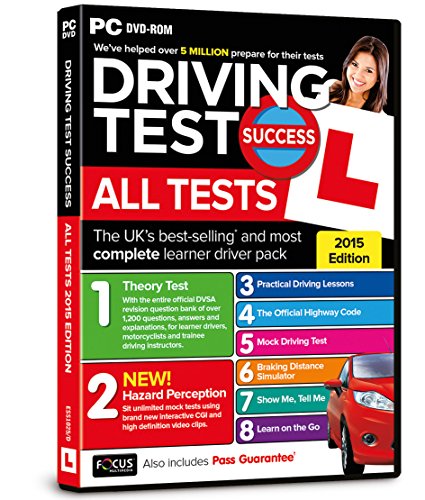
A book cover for Driving Test Success All Tests 2015; Test Preparation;